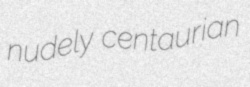
nudely centaurian